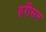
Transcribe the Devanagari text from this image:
हरीसन